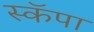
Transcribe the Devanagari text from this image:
स्कॅपा